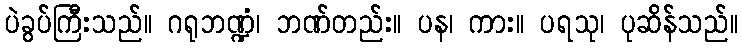
ပဲခွပ်ကြီးသည်။ ဂရုဘဏ္ဍံ၊ ဘဏ်တည်း။ ပန၊ ကား။ ပရသု၊ ပုဆိန်သည်။